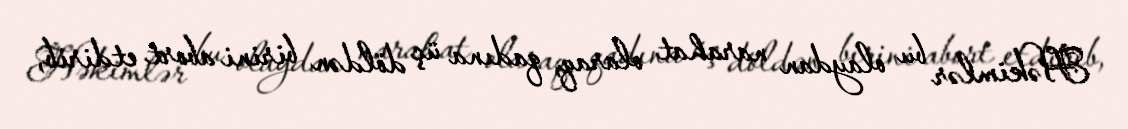
Həkimlər bu olaydan narahat olaraq, qadına üç döldən birini abort etdirib,